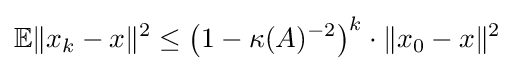
\mathbb {E} \|x_{k}-x\|^{2}\leq \left(1-\kappa (A)^{-2}\right)^{k}\cdot \|x_{0}-x\|^{2}